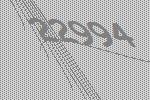
22994